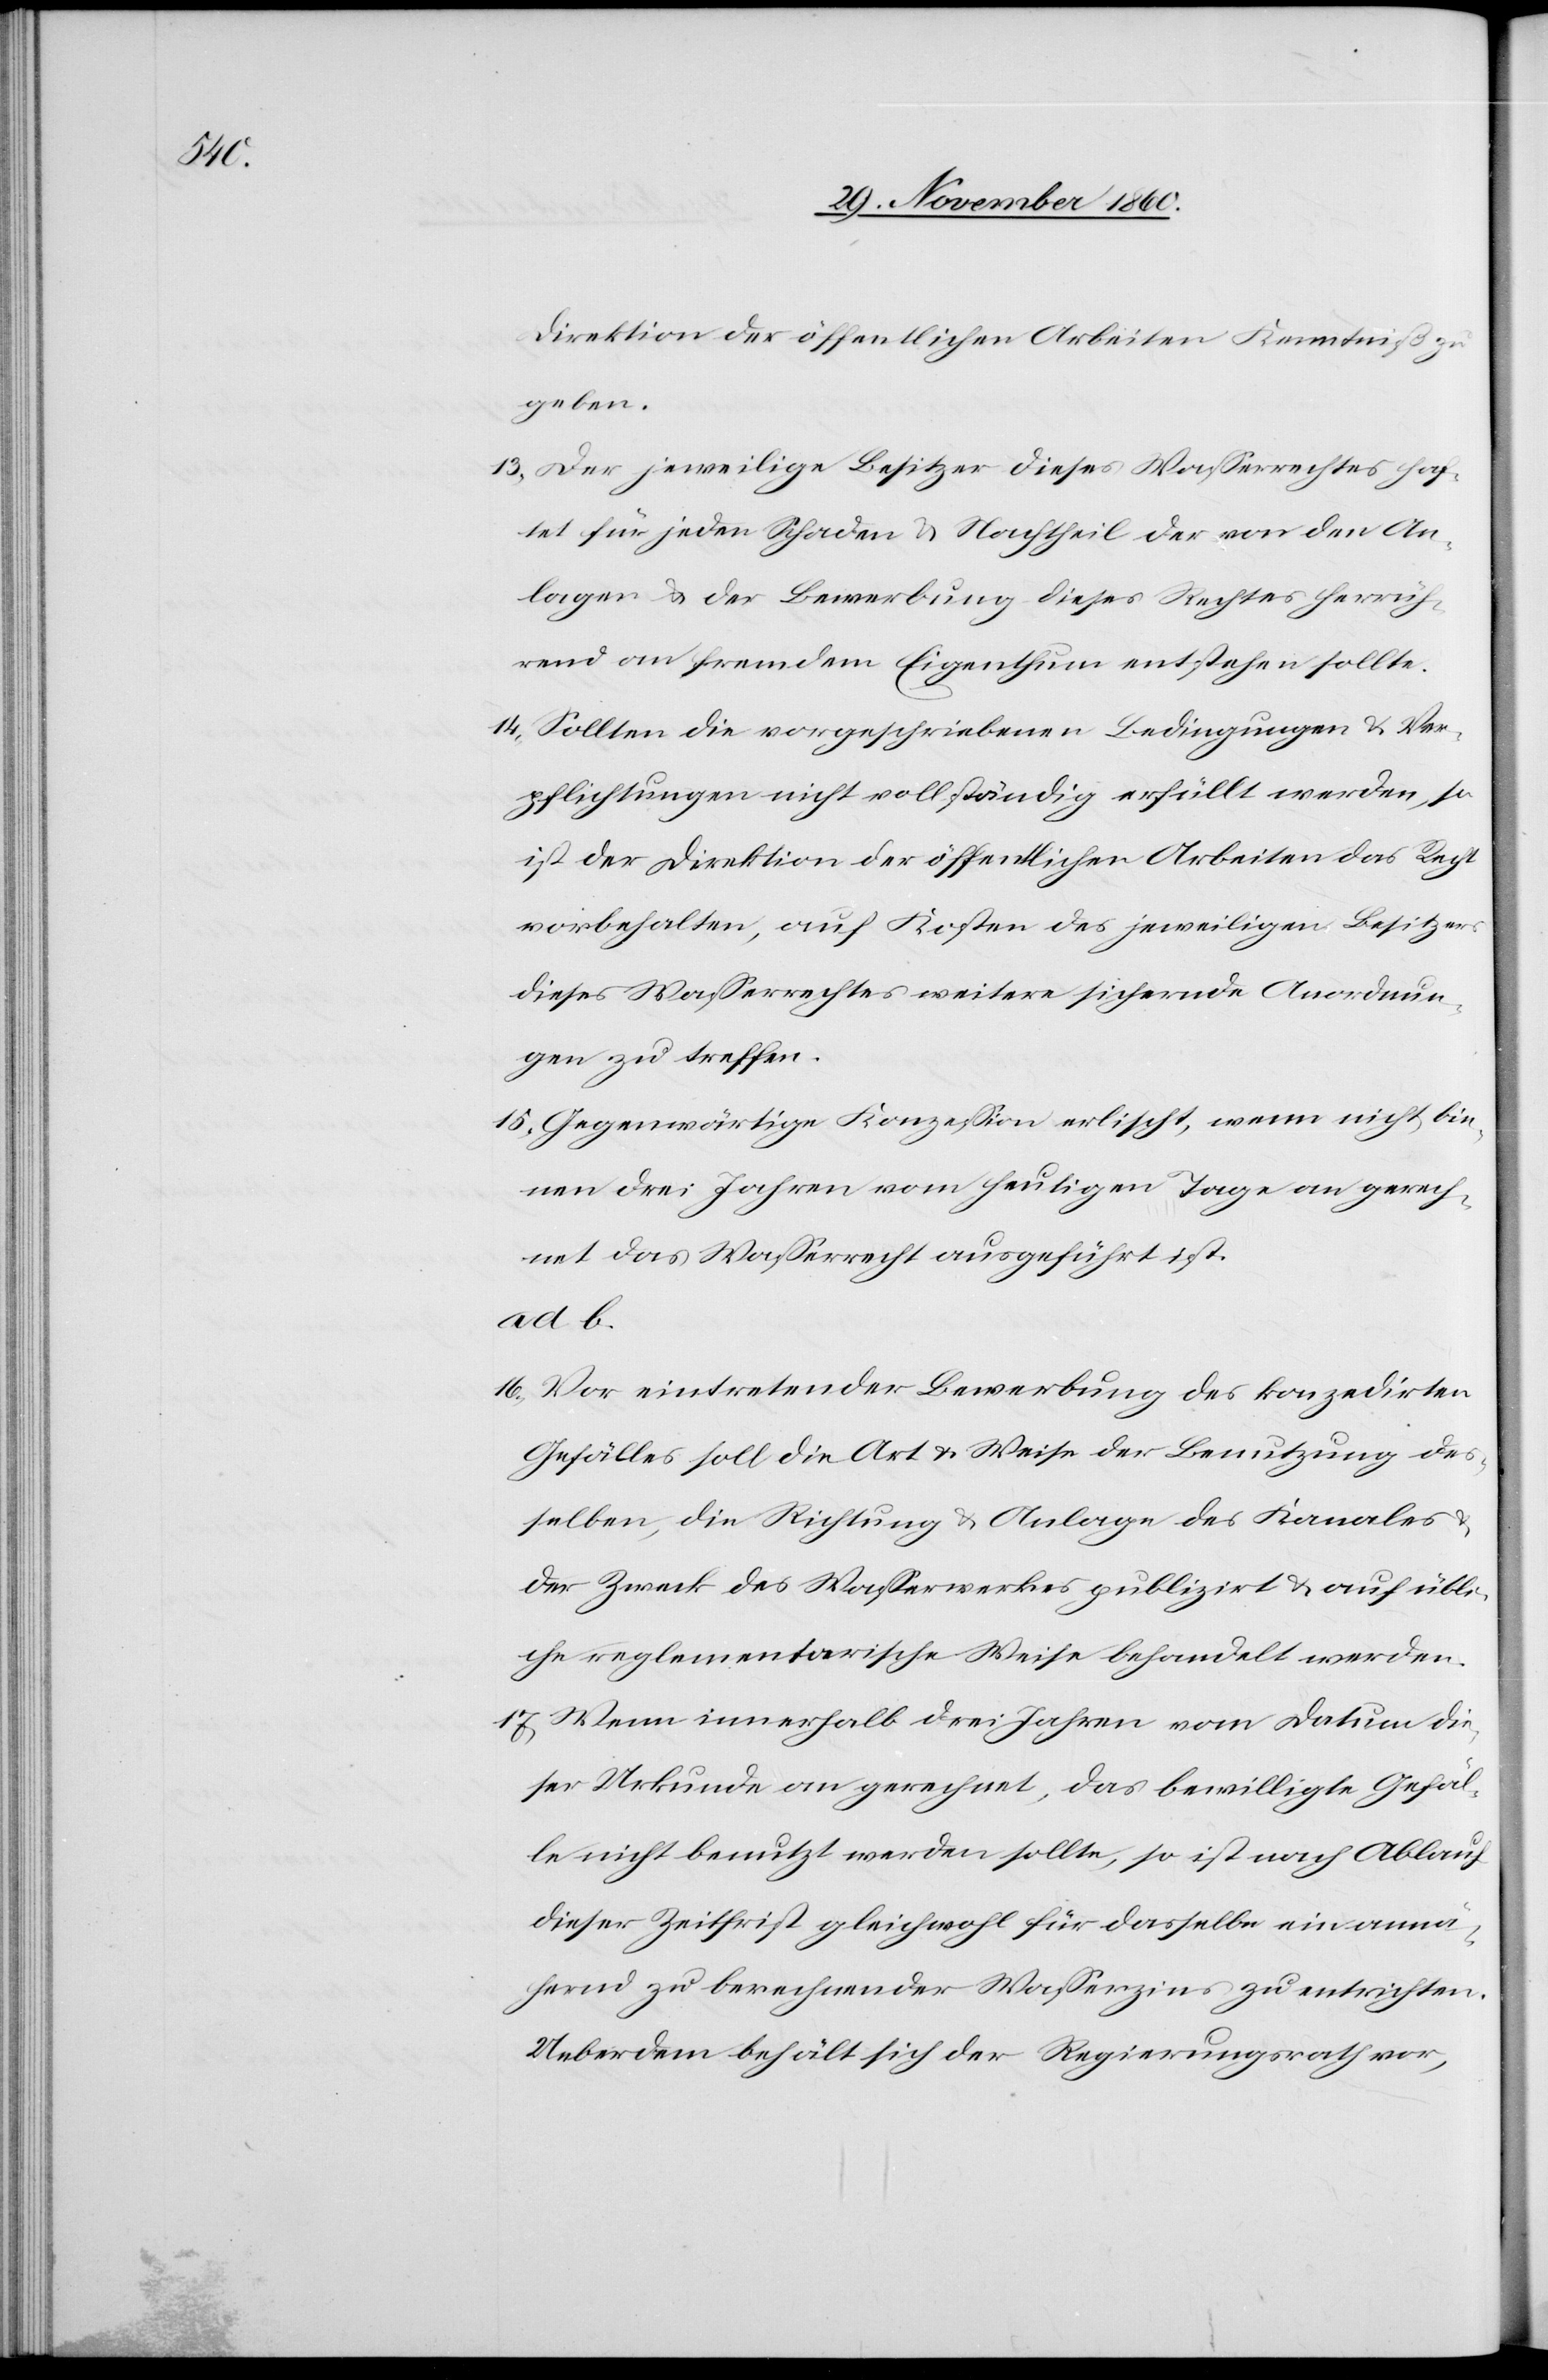
Direktion der öffentlichen Arbeiten Kenntniß
geben.
13. Der jeweilige Besitzer dieses Wasserrechtes haf¬
tet für jeden Schaden u. Nachtheil der von den An¬
lagen u. der Bewerbung dieses Rechtes herrüh¬
rend an fremdem Eigenthum entstehen sollte.
14. Sollten die vorgeschriebenen Bedingungen u. Ver¬
pflichtungen nicht vollständig erfüllt werden, so
ist der Direktion der öffentlichen Arbeiten das Recht
vorbehalten, auf Kosten des jeweiligen Besitzers
dieses Wasserrechtes weitere sichernde Anordnun¬
gen zu treffen.
15. Gegenwärtige Konzession erlischt, wenn nicht bin¬
nen drei Jahren vom heutigen Tage an gerech¬
net das Wasserrecht ausgeführt ist.
ad. b.
16. Vor eintretender Bewerbung des konzedirten
Gefälles soll die Art u. Weise der Benutzung des¬
selben, die Richtung u. Anlagen des Kanales
der Zweck des Wasserwerkes publizirt u. auf übli¬
che reglementarische Weise behandelt werden.
17. Wenn innerhalb drei Jahren vom Datum die¬
ser Urkunde an gerechnet, das bewilligte Gefäl¬
le nicht benutzt werden sollte, so ist nach Ablauf
dieser Zeitfrist gleichwohl für dasselbe ein annä¬
hernd zu berechnender Wasserzins zu entrichten.
Ueberdem behält sich der Regierungsrath vor,